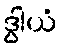
ဒွါယံ